Indian journal of veterinary science and animal husbandry - Volumes 18-21, 1948-1951
Year: 1948
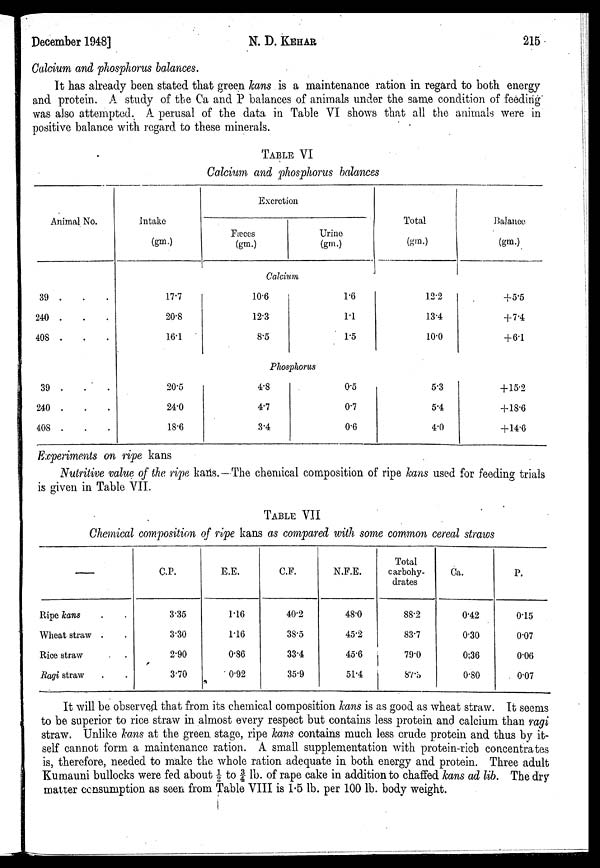
December 1948]
N. D.
KEHAR
215
Calcium and phosphorus balances.
It has already been stated that green kans is a maintenance ration in regard to both energy
and protein. A study of the Ca and P balances of animals under the same condition of feeding
was also attempted. A perusal of the data in Table VI shows that all the animals were in
positive balance with regard to these minerals.
TABLE VI
Calcium and phosphorus balances
Animal No.
39 . . .
240 . . .
408 . . .
39 . . .
240 . . .
408 . . .
intake
(gm.)
17.7
20.8
16.1
20.5
24.0
18.6
Excretion
Fæces
(gm.)
Urine
(gm.)
Calcium
10.6
12.3
8.5
1.6
1.1
1.5
Phosphorus
4.8
4.7
3.4
0.5
0.7
0.6
Total
(gm.)
12.2
13.4
10.0
5.3
5.4
4.0
Balance
(gm.)
+5.5
+7.4
+ 61
+ 15.2
+18.6
+ 14.6
Experiments on ripe kans
Nutritive value of the ripe kans. —The chemical composition of ripe kans used for feeding trials
is given in Table VII.
TABLE VII
Chemical composition of ripe kans as compared with some common cereal straws
—
Ripe kans . .
Wheat straw . .
Rice straw .
Ragi straw . .
C.P.
3.35
3.30
2.90
3.70
E.E.
1.16
1.16
0.86
0.92
C.F.
40.2
38.5
33.4
35.9
N.F.E.
48.0
45.2
45.6
51.4
Total
carbohy-
drates
88.2
83.7
79.0
87.5
Ca.
0.42
0.30
0;36
0.80
P.
0.15
0.07
0.06
0.07
It will be observed that from its chemical composition kans is as good as wheat straw. It seems
to be superior to rice straw in almost every respect but contains less protein and calcium than ragi
straw. Unlike kans at the green stage, ripe kans contains much less crude protein and thus by it-
self cannot form a maintenance ration. A small supplementation with protein-rich concentrates
is, therefore, needed to make the whole ration adequate in both energy and protein. Three adult
Kumauni bullocks were fed about ½ to ¾ lb. of rape cake in addition to chaffed kans ad lib. The dry
matter consumption as seen from Table VIII is 1.5 lb. per 100 lb. body weight.